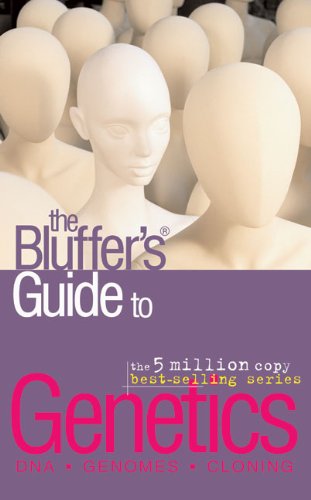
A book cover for The Bluffer's Guide to Genetics (Bluffer's Guides); Gwen Acton; Humor & Entertainment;